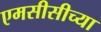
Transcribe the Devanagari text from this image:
एमसीसीच्या